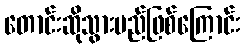
တောင်းဆိုသွားမည်ဖြစ်ကြောင်း